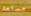
مستعد